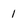
Character: 1